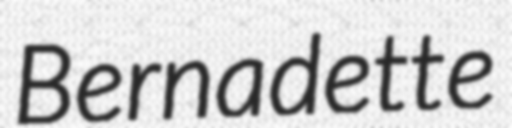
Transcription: Bernadette